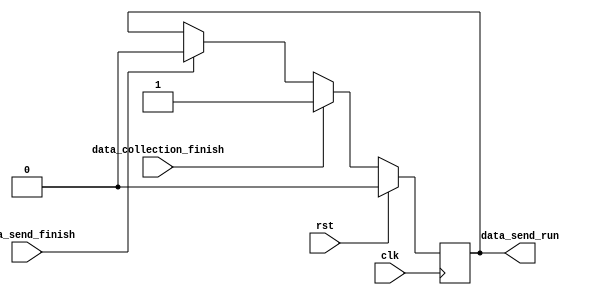
module Data_Process(
	input clk,
	input rst,
	input data_collection_finish,
	input data_send_finish,
	output reg data_send_run
   );
	// This is ethan's code for immediately sending all the data back
	always@(posedge clk)
		begin
		if(rst)
			data_send_run <= 1'b0;
		else if(data_collection_finish)					// After 10000 data is received, send 10000 data back to PC
			data_send_run <= 1'b1;
		else if(data_send_finish)							// After sending is finish, clear the data_send signal
			data_send_run <= 1'b0;
		end
/*

//my code starts here

// data_collection_finish is 1 when matlab is done sending all the image data to fpga memory
// data_send_finish is 1 when FPGA is done sending all the processed data to UART
// data_send_run is the output of this file, when we are done processing the data, we will set the data send run to be 1 so that
// we can send the processed data back to UART

// the major issue is that we have to be sure at what time in seconds we need to start sending data 


parameter data_collecting = 1, data_processing = 2, data_sending = 3;  
wire state = 0;
always@(*)
begin
	case(state)
		0: next_state = data_collecting;
		1: begin 
			if(data_collection_finish)
				next_state = data_processing;
			end
		2: begin
			if(data_process_finish)
			next_state = data_sending;
			end
		default: next_state = 0;
		
		endcase	
		
end

always@(posedge clk)
	state = next_state;
	
//module scan(read_select, read_data, data_out, clk, start, scan_start);
scan S1 (read_select, read_data, data_out, clk, start, scan_start);*/
endmodule